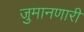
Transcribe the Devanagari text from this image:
जुमानणारी